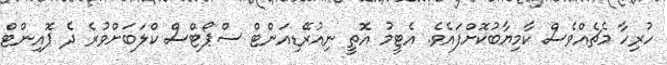
ހުރިހާ މެޗެއްވެސް ކާމިޔާބުކޮށްފައެވެ. އެޓީމު އޮތީ ނިއުރޭޑިއަންޓް ސްޕޯޓްސް ކްލަބަށްވުރެ ދެ ޕޮއިންޓް